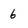
Character: 6